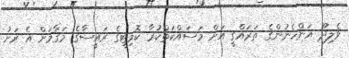
ވެލިދޫ އަންހެނުންގެ ތަރައްގީ އަށް މަސައްކަތްކުރާ ކޮމިޓީގެ ރައީސާގެ މަގާމަށް އެ ރަށު